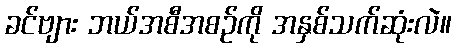
ခင်ဗျား ဘယ်အစီအစဉ်ကို အနှစ်သက်ဆုံးလဲ။